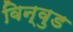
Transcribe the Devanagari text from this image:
विन्वुड